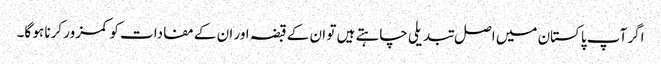
اگر آپ پاکستان میں اصل تبدیلی چاہتے ہیں تو ان کے قبضہ اور ان کے مفادات کو کمزور کرنا ہو گا۔